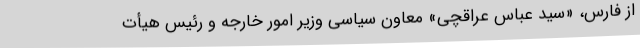
از فارس، «سید عباس عراقچی» معاون سیاسی وزیر امور خارجه و رئیس هیأت